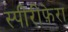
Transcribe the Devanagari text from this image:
स्पीरीफ़ेरा